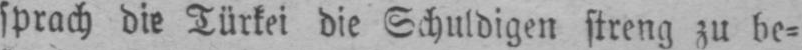
sprach die Türkei die Schuldigen streng zu be⸗